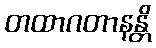
တထာဂတာနန္တိ